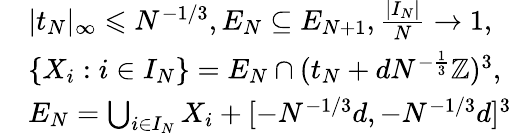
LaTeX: \begin{array}{rl}&{|t_{N}|_{\infty}\leqslant N^{-1/3},E_{N}\subseteq E_{N+1},\frac{|I_{N}|}{N}\to 1,}\\ &{\{ X_{i}:i\in I_{N}\} =E_{N}\cap(t_{N}+dN^{-\frac 13}\mathbb{Z})^{3},}\\ &{E_{N}=\bigcup_{i\in I_{N}}X_{i}+[-N^{-1/3}d,-N^{-1/3}d]^{3}}\end{array}